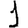
Digit: 1